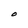
Character: O